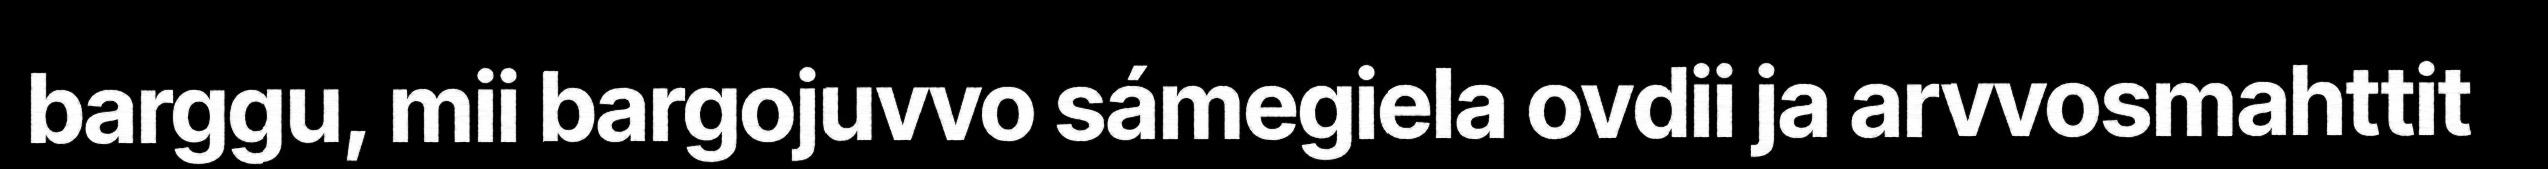
barggu, mii bargojuvvo sámegiela ovdii ja arvvosmahttit